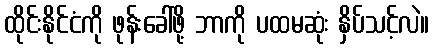
ထိုင်းနိုင်ငံကို ဖုန်းခေါ်ဖို့ ဘာကို ပထမဆုံး နှိပ်သင့်လဲ။